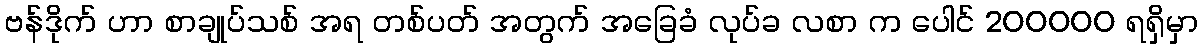
ဗန်ဒိုက် ဟာ စာချုပ်သစ် အရ တစ်ပတ် အတွက် အခြေခံ လုပ်ခ လစာ က ပေါင် 200000 ရရှိမှာ